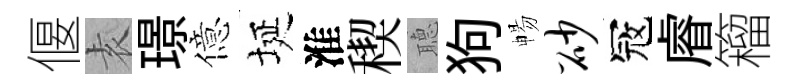
偃𡊮璟億埏淮稧𦗟狗暢砂冦𥈠籕